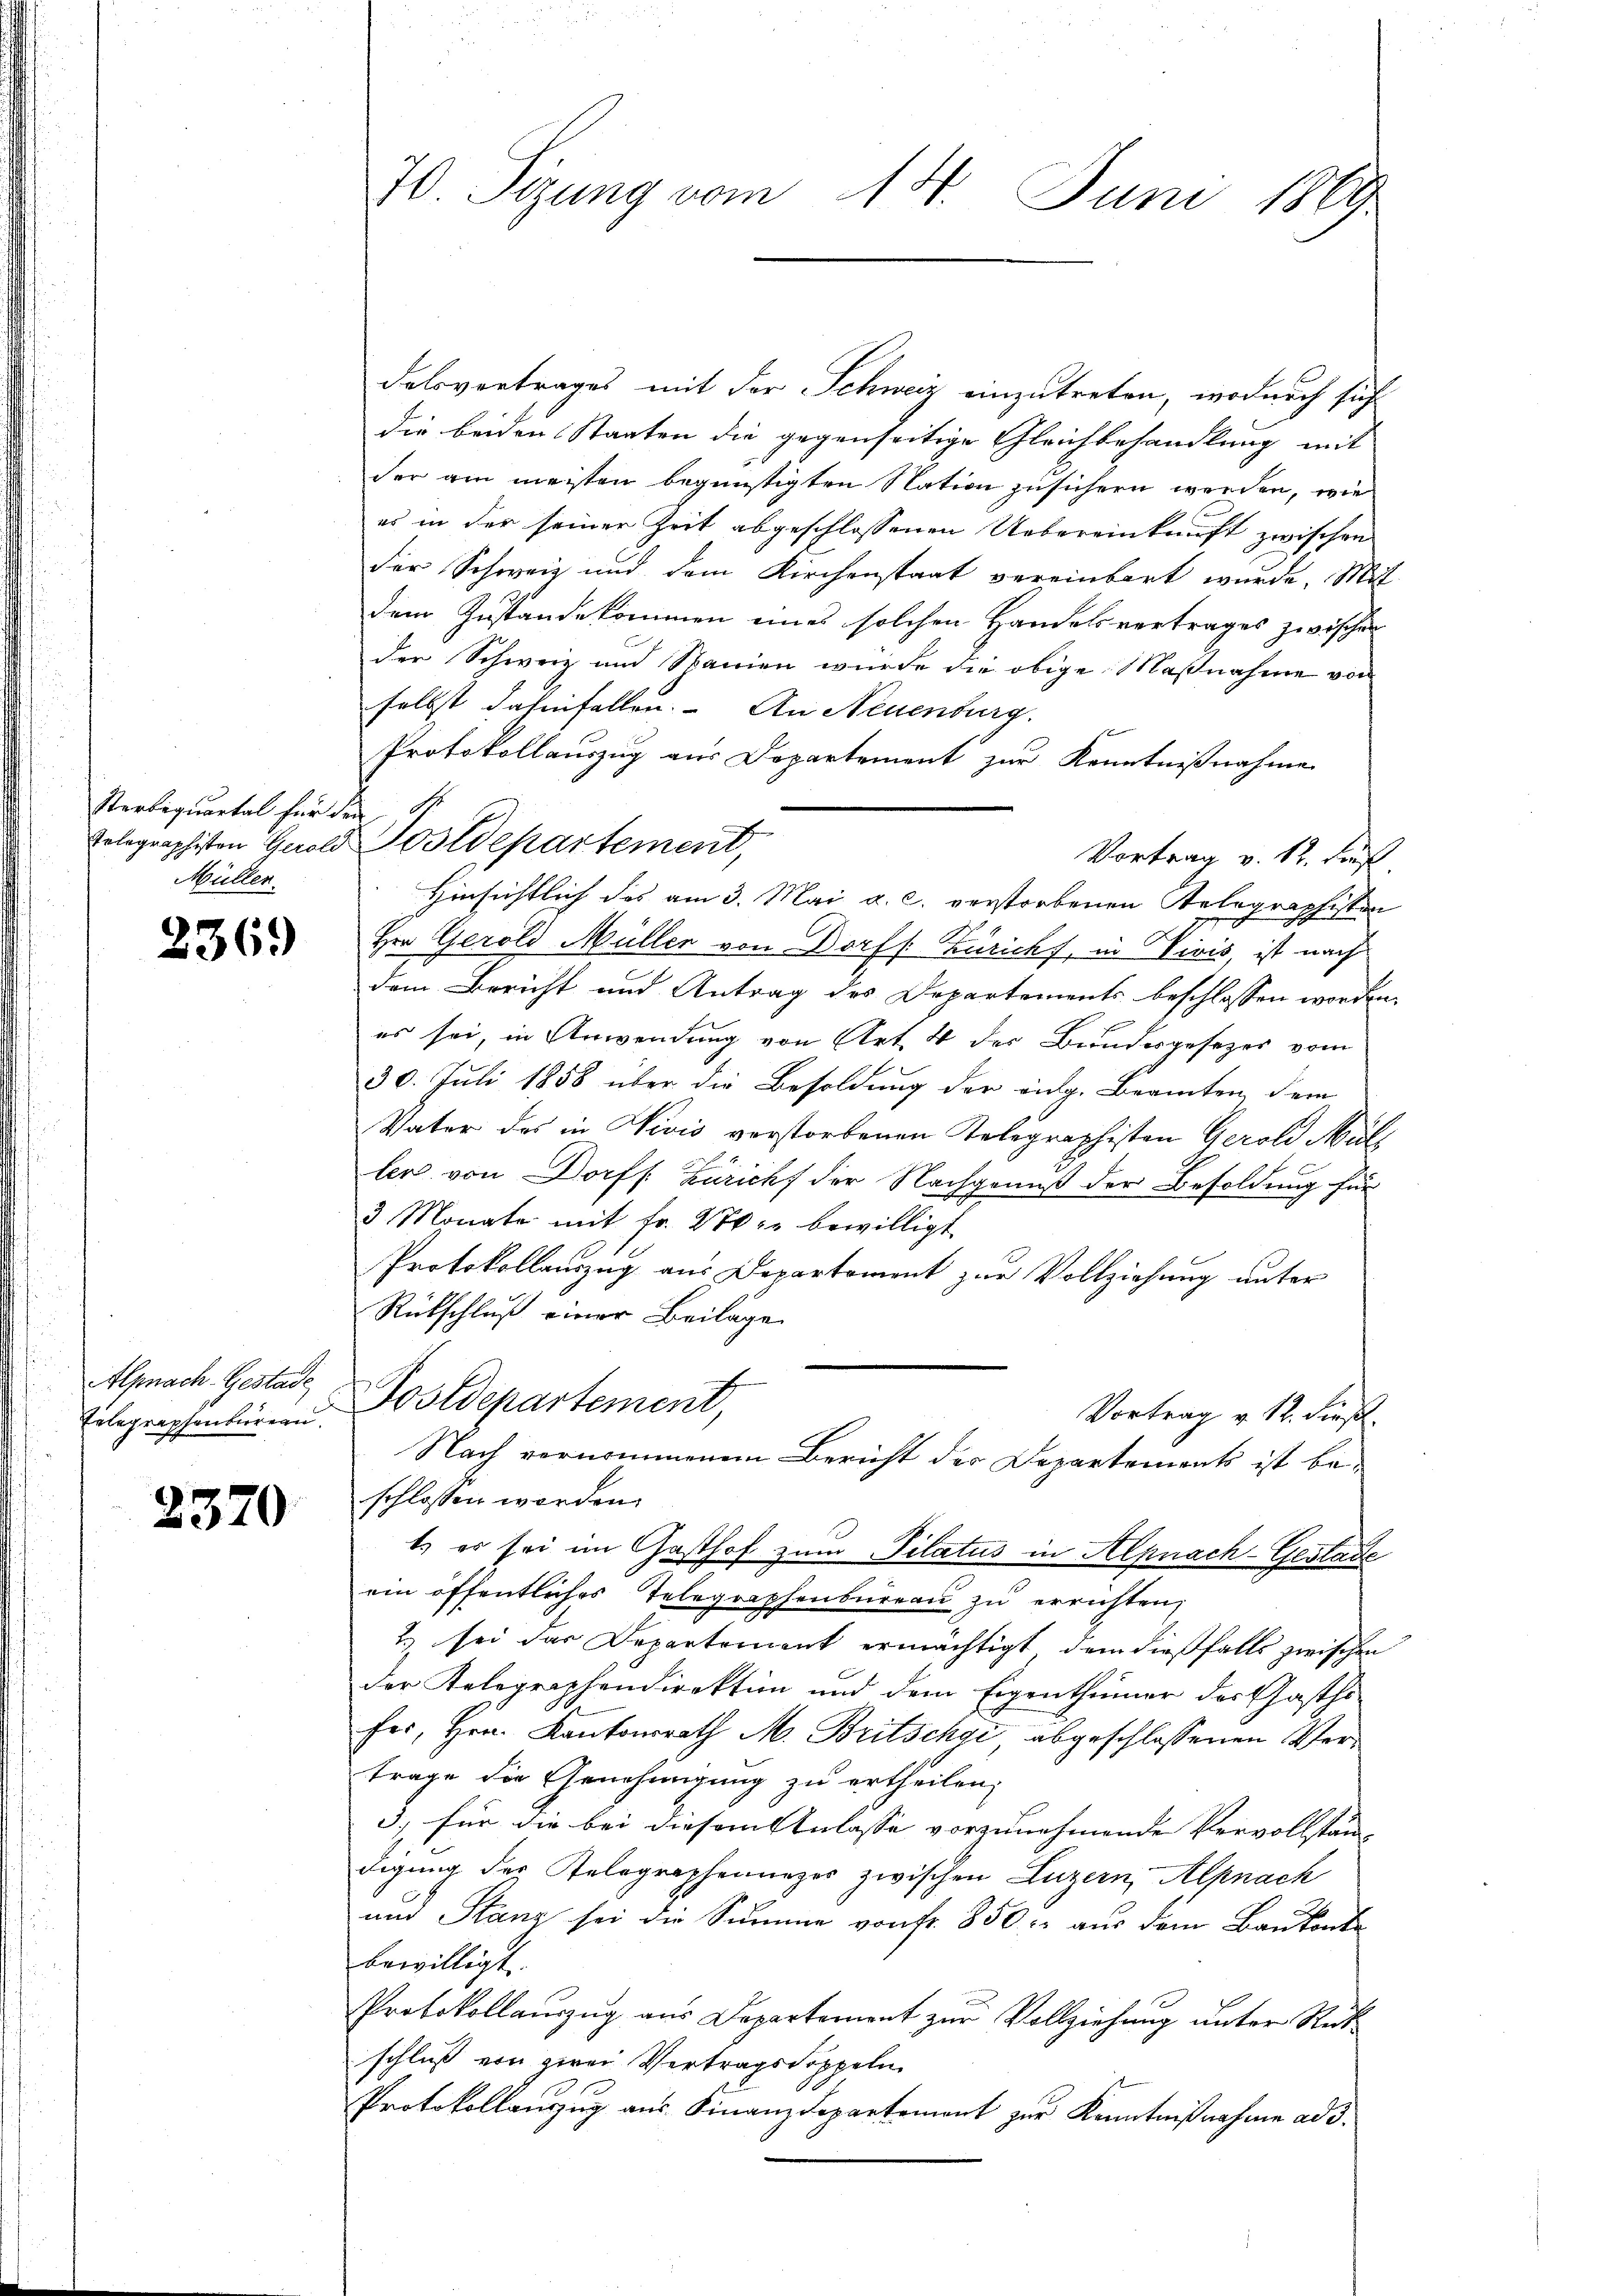
Rarbiquartal für die S
Müller.

236.

Alpnach Gestade
Telegraphenbureau.

2370

70. Sizung vom 14. Juni 1869

delsvertrages mit der Schweiz einzutreten, wodurch sich
die beiden Staaten die gegenseitige Gleichbehandlung mit
der am meisten begünstigten Nation zusichern werden, wie
es in der seiner Zeit abgeschlossenen Uebereinkunft zwischen
der Schweiz und dem Kirchenstaat vereinbart wurde. Mit
dem Zustandekommen eines solchen Handelsvertrages zwischen
der Schweiz und Stanien wurde die obige Maßnahme von
selbst dahinfallen. An Neuenburg
f
Protokollauszug aus Departement zur Kenntnißnahme
Vortrag v. 12. Fuß
Hinsichtlich des am 3. Mai a. c. verstorbenen Relegraphisten
Hrn. Gerold Müller von Dorf s. Züricht, in Vivis ist nach
dem Bericht und Antrag des Departements beschlossen worden,
es sei, in Anwendung von Art. 4 der Bundesgesezes vom
30. Juli 1858 über die Besoldung der eidg. Beamten dem
Vater des in Vivis verstorbenen Telegraphisten Gerold Müll
ler von Dorff. Züricht der Nachgenuß der Besoldung für
3 Monate mit fr. 270 c. bewilligt
Protokollauszug aus Departement zur Vollziehung unter
Rückschluß einer Beilage
Postdepartement,
Vortrag v. 12. dieß
Nach vernommenen Bericht des Departements ist beschlossen worden.
t es sei im Gasthof zum Pilatus in Alpnach-Geslade
ein öffentliches Telegraphenbureau zu errichten,
2) sei das Departement ermächtigt, dem dießfalls zwischen
der Kelegraphendirektion und dem Eigenthümer der Gasthifer, Hrn. Kantonsrath M. Britschye abgeschlossenen Vertrage die Genehmigung zu ertheilen,
3.) für die bei diesem Anlasse vorzunehmende Vervollstän-
digung der Relographennezes zwischen Luzern, Alpnach
und Stanz sei die Summe von fr. 850 r. aus dem Baukonte
bewilligt.
Protokollauszug aus Departement zur Vollziehung unter Rütschluß von zwei Vertragsdoppeln
Protokollauszug aus Finanzdepartement zur Kenntnißnahme ad 3.

Volegraphisten Gerold Postdepartement,